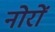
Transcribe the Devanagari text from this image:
नोरों